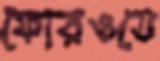
ফোরওতে